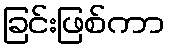
ခြင်းဖြစ်ကာ